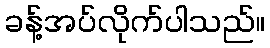
ခန့်အပ်လိုက်ပါသည်။